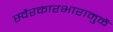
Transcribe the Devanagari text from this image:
स्वैरकारभारामुळें